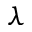
\lambda